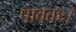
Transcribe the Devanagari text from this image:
पावकः।